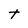
Character: t